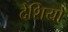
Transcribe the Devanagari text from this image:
देशियों